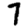
Digit: 7